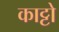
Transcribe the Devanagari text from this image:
काट्टो